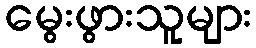
မွေးဖွားသူများ